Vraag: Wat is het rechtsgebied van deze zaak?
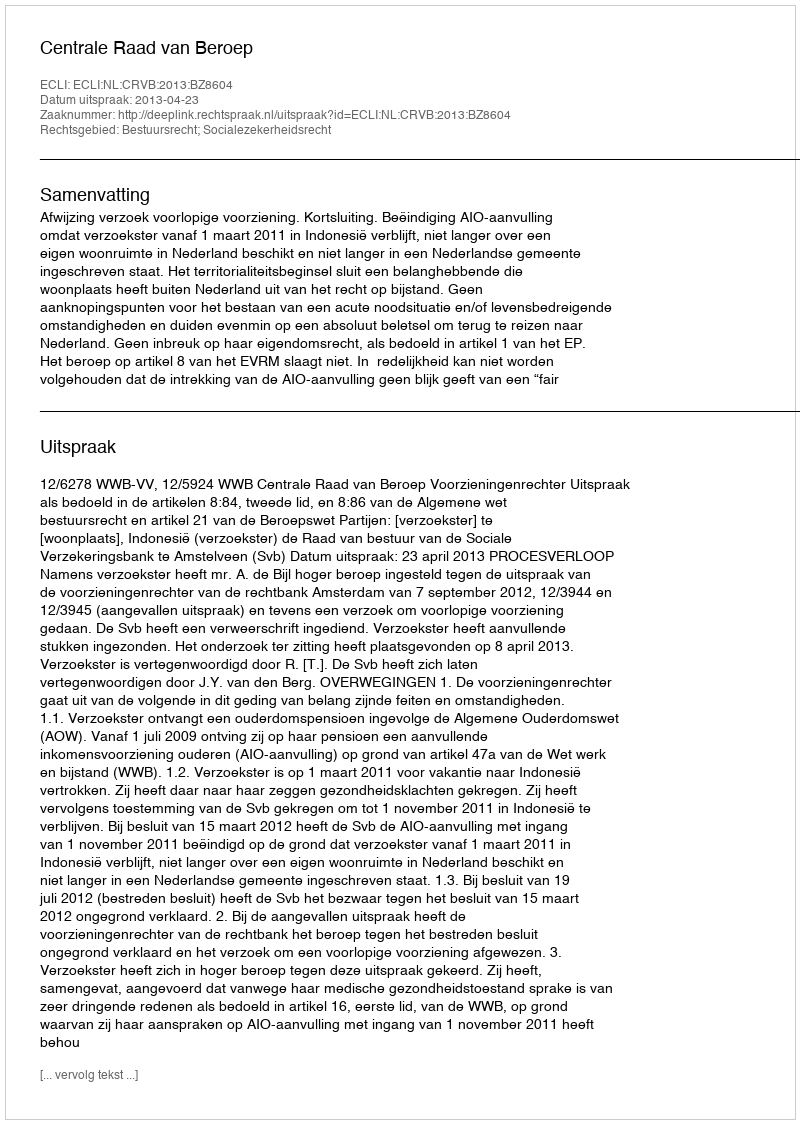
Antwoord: Bestuursrecht; Socialezekerheidsrecht